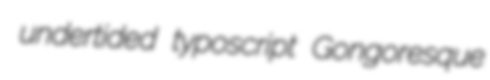
undertided typoscript Gongoresque